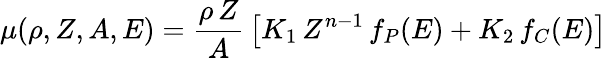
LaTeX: \mu(\rho,Z,A,E)=\frac{\rho\, Z}{A}\, \left[K_{1}\, Z^{n-1}\, f_{P}(E)+K_{2}\, f_{C}(E)\right]